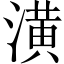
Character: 潢